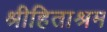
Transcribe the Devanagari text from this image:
श्रीहिताश्रम